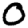
Digit: 0